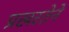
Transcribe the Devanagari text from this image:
प्रखरतेने